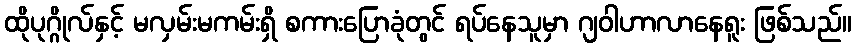
ထိုပုဂ္ဂိုလ်နှင့် မလှမ်းမကမ်းရှိ စကားပြောခုံတွင် ရပ်နေသူမှာ ဂျဝါဟာလာနေရူး ဖြစ်သည်။